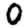
Digit: 0